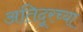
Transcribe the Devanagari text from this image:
अतिदूरच्या